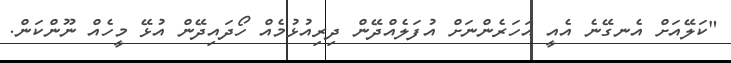
"ކަލޭއަށް އެނގޭނެ އެއީ އަހަރެންނަށް އުފަލެއްދޭން ދިރިއުޅުމެއް ހޯދައިދޭން އުޅޭ މީހެއް ނޫންކަން.